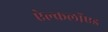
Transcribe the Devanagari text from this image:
ऐल्कलॉएड